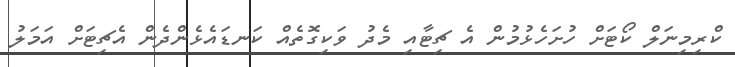
ކްރިމިނަލް ކޯޓަށް ހުށަހެޅުމުން އެ ޗިޓާއި މެދު ވަކިގޮތެއް ކަނޑައެޅެންދެން އެޗިޓަށް އަމަލު